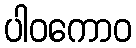
ပါဝကောဝ